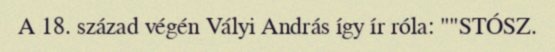
A 18. század végén Vályi András így ír róla: ""STÓSZ.